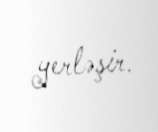
yerləşir.